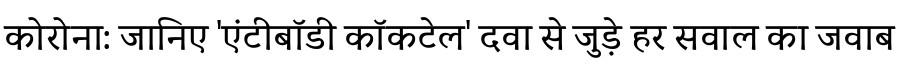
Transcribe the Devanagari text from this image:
कोरोना: जानिए 'एंटीबॉडी कॉकटेल' दवा से जुड़े हर सवाल का जवाब